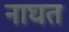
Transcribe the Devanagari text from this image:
नाघत